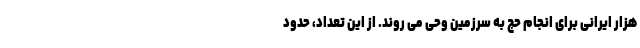
هزار ایرانی برای انجام حج به سرزمین وحی می روند. از این تعداد، حدود